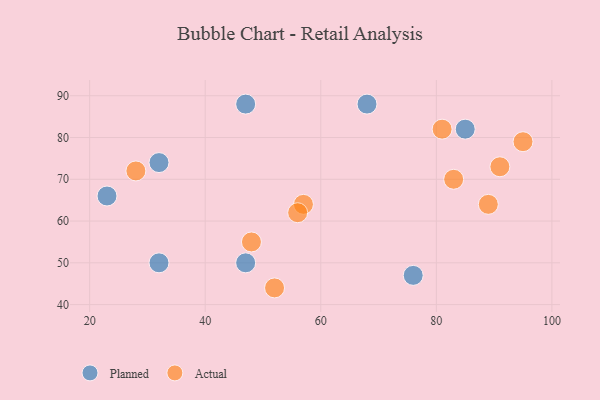
{"axis": {"x": "GDP", "y": "Life Expectancy"}, "legend": ["Actual", "Planned"], "data": [{"x": "32", "y": 74, "type": "Planned"}, {"x": "76", "y": 47, "type": "Planned"}, {"x": "32", "y": 50, "type": "Planned"}, {"x": "85", "y": 82, "type": "Planned"}, {"x": "47", "y": 88, "type": "Planned"}, {"x": "47", "y": 50, "type": "Planned"}, {"x": "23", "y": 66, "type": "Planned"}, {"x": "68", "y": 88, "type": "Planned"}, {"x": "48", "y": 55, "type": "Actual"}, {"x": "52", "y": 44, "type": "Actual"}, {"x": "83", "y": 70, "type": "Actual"}, {"x": "28", "y": 72, "type": "Actual"}, {"x": "95", "y": 79, "type": "Actual"}, {"x": "91", "y": 73, "type": "Actual"}, {"x": "81", "y": 82, "type": "Actual"}, {"x": "57", "y": 64, "type": "Actual"}, {"x": "89", "y": 64, "type": "Actual"}, {"x": "56", "y": 62, "type": "Actual"}]}